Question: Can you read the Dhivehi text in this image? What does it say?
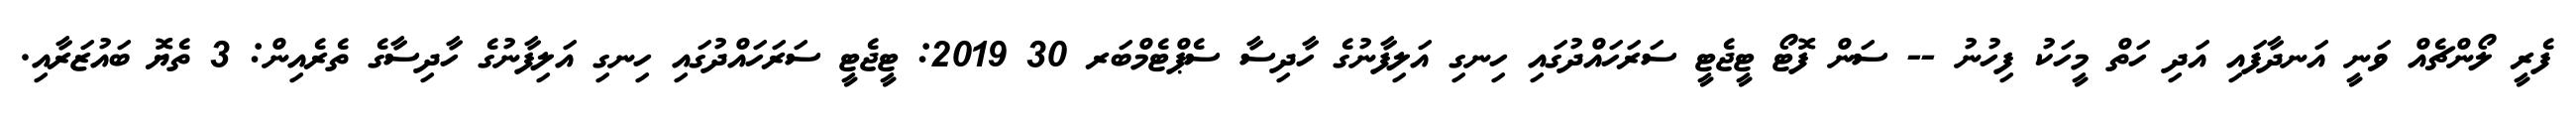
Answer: ފެރީ ލޯންޗެއް ވަނީ އަނދާފައި އަދި ހަތް މީހަކު ފިހުނު -- ސަން ފޮޓޯ ޓީޖެޓީ ސަރަހައްދުގައި ހިނގި އަލިފާނުގެ ހާދިސާ ސެޕްޓެމްބަރ 30 2019: ޓީޖެޓީ ސަރަހައްދުގައި ހިނގި އަލިފާނުގެ ހާދިސާގެ ތެރެއިން: 3 ތެޔޮ ބައުޒަރާއި.